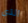
الذي